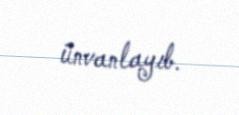
ünvanlayıb.